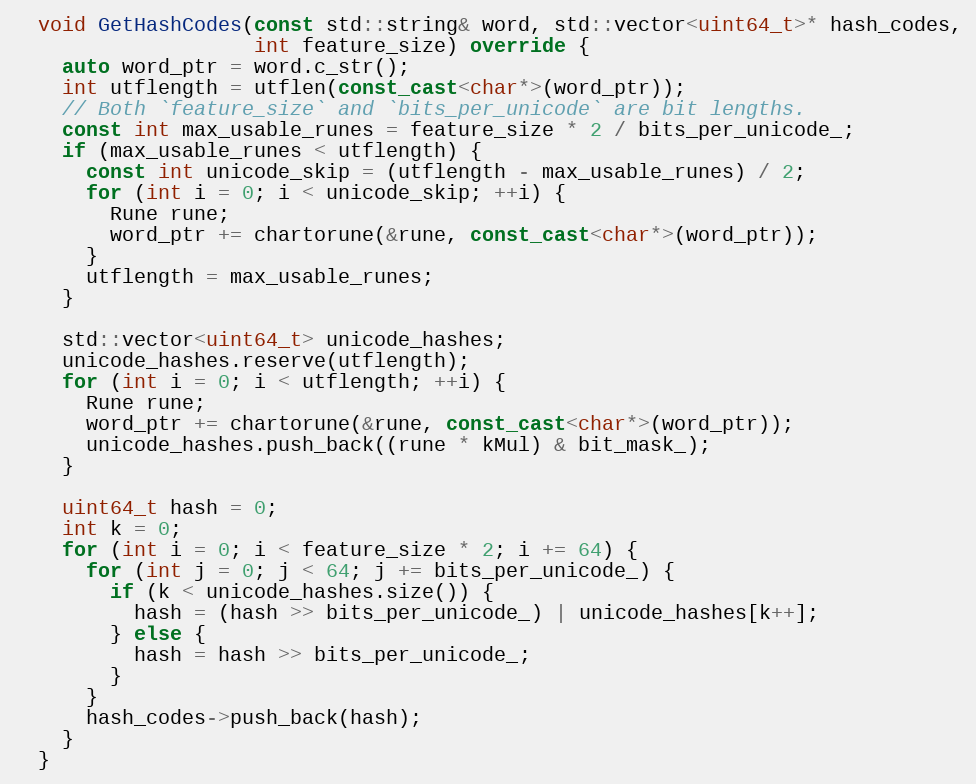
Language: C++
  void GetHashCodes(const std::string& word, std::vector<uint64_t>* hash_codes,
                    int feature_size) override {
    auto word_ptr = word.c_str();
    int utflength = utflen(const_cast<char*>(word_ptr));
    // Both `feature_size` and `bits_per_unicode` are bit lengths.
    const int max_usable_runes = feature_size * 2 / bits_per_unicode_;
    if (max_usable_runes < utflength) {
      const int unicode_skip = (utflength - max_usable_runes) / 2;
      for (int i = 0; i < unicode_skip; ++i) {
        Rune rune;
        word_ptr += chartorune(&rune, const_cast<char*>(word_ptr));
      }
      utflength = max_usable_runes;
    }

    std::vector<uint64_t> unicode_hashes;
    unicode_hashes.reserve(utflength);
    for (int i = 0; i < utflength; ++i) {
      Rune rune;
      word_ptr += chartorune(&rune, const_cast<char*>(word_ptr));
      unicode_hashes.push_back((rune * kMul) & bit_mask_);
    }

    uint64_t hash = 0;
    int k = 0;
    for (int i = 0; i < feature_size * 2; i += 64) {
      for (int j = 0; j < 64; j += bits_per_unicode_) {
        if (k < unicode_hashes.size()) {
          hash = (hash >> bits_per_unicode_) | unicode_hashes[k++];
        } else {
          hash = hash >> bits_per_unicode_;
        }
      }
      hash_codes->push_back(hash);
    }
  }